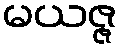
မယဇ္ဇ